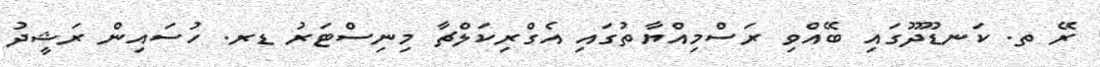
ރޭ ތ. ކަނޑޫދޫގައި ބޭއްވި ރަސްމިއްޔާތުގައި އެގްރިކަލްޗާ މިނިސްޓަރު ޑރ. ހުސައިން ރަޝީދު